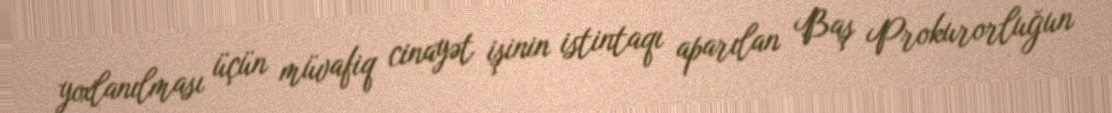
yoxlanılması üçün müvafiq cinayət işinin istintaqı aparılan Baş Prokurorluğun